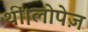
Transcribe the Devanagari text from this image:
थीं।लोपेज़